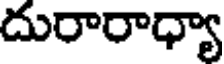
దురారాధ్యా